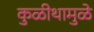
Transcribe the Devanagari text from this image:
कुळीथामुळे